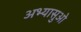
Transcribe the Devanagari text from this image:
अभ्यासुओ